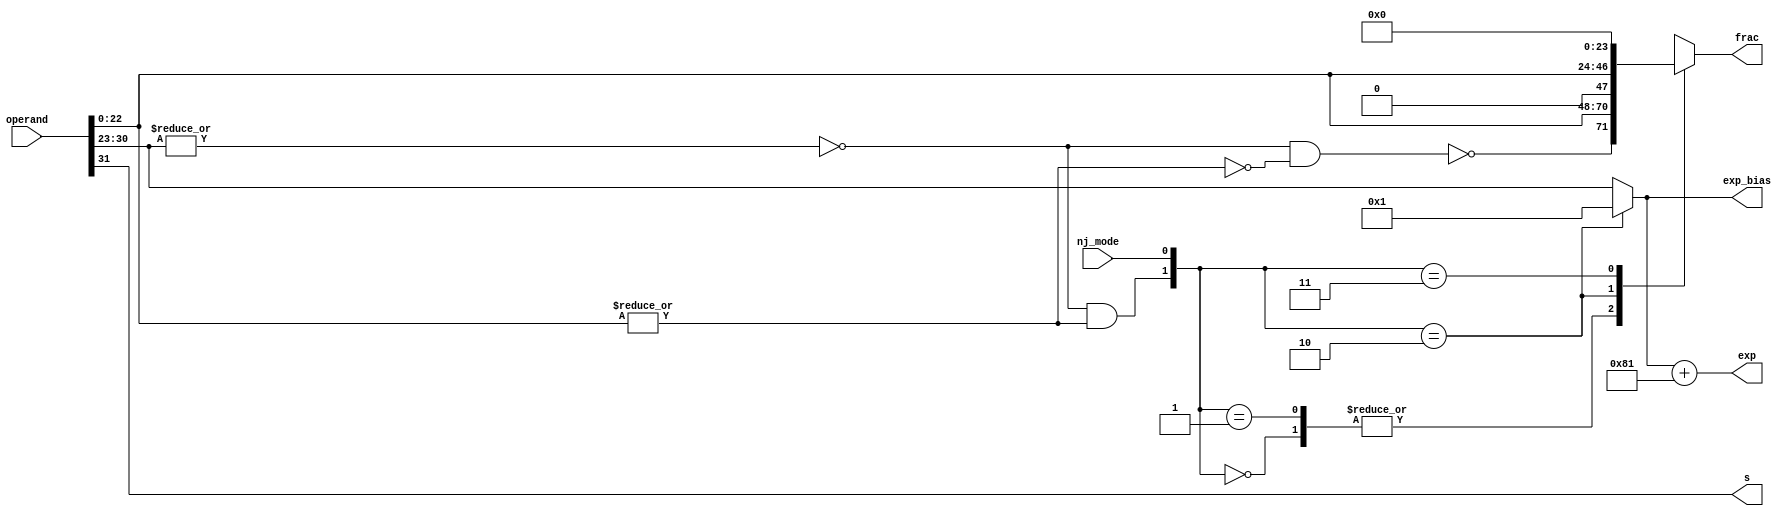
//=====================================================
//Revision	: v1.0
//Description : unpackage the input operand according to nj_mode signal
//------------------------------------------------------------
//Copyright(c)by VLSI lab of Tianjin university
//all rights reserved
//========================================================================
module unpackage    (
                    nj_mode,
                    operand,
                    
                    s,
                    exp_bias,
                    exp,
                    frac
                    );
input           nj_mode;
input   [31:0]  operand;

output          s;
output  [7:0]   exp_bias;//unsigned value,0~255
output  [7:0]   exp;//signed value,-127~+127
output  [23:0]  frac;
reg     [23:0]  frac;

wire            denorm_m;//denormal number mask signal
wire            frac_zero_m;//fractional part all zero mask signal
wire            exp_zero_m;//exponent part all zero
wire            zero_m;//zero_m signal

assign  s           = operand[31];
assign  exp_zero_m  = ~| operand[30:23];
assign  frac_zero_m = ~| operand[22:0];
assign  denorm_m    = exp_zero_m & ( !frac_zero_m );
assign  zero_m      = exp_zero_m & frac_zero_m;

//get the frac according to denorm_m and nj_mode bit
always @ ( * )
begin
    case ( {denorm_m,nj_mode} )
    2'b00:  frac    = {{~zero_m},operand[22:0]};
    2'b01:  frac    = {{~zero_m},operand[22:0]};
    2'b10:  frac    = {1'b0,operand[22:0]};
    2'b11:  frac    = 24'h0;
    endcase
end

//get exp_bias according to denorm_m and nj_mode bit
assign  exp_bias    = ( {denorm_m,nj_mode} == 2'b10 ) ? 8'h1 : operand[30:23];

//get the exponent part without offset
assign  exp         = exp_bias + 8'b1000_0001;//equal to exp_bias-8'b0111_1111(127);
endmodule